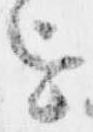
を